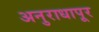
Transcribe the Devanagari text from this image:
अनुराधापूर